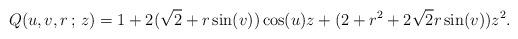
LaTeX: \begin{align*}Q(u,v,r\,;\,z) = {1+2(\sqrt{2}+r\sin(v))\cos(u)z+(2+r^2+2\sqrt{2}r\sin(v))z^2}.\end{align*}